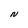
Character: N